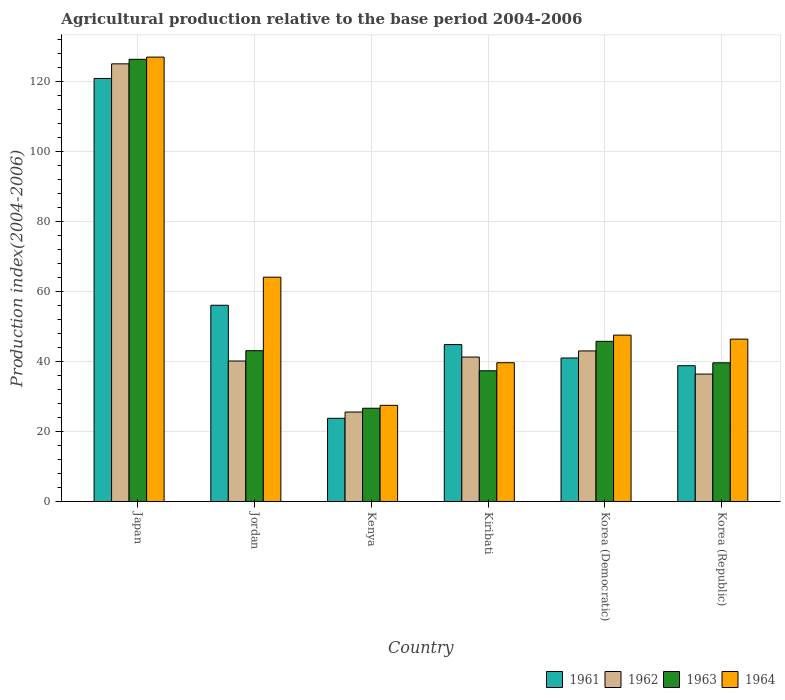
| Country | 1961 | 1962 | 1963 | 1964 |
 | --- | --- | --- | --- | --- |
 | Japan | 121 | 125 | 126 | 127 |
 | Jordan | 56 | 40.1 | 43.1 | 64.1 |
 | Kenya | 23.8 | 25.6 | 26.6 | 27.5 |
 | Kiribati | 44.8 | 41.2 | 37.3 | 39.6 |
 | Korea (Democratic) | 41 | 43 | 45.7 | 47.5 |
 | Korea (Republic) | 38.8 | 36.4 | 39.6 | 46.4 |